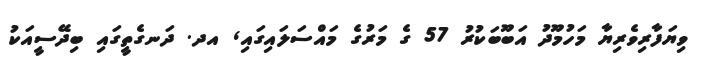
ވިޔަފާރިވެރިޔާ މަހުމޫދު އަބޫބަކުރު 57 ގެ މަރުގެ މައްސަލައިގައި